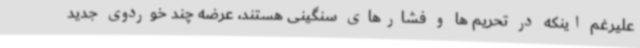
علیرغم اینکه در تحریم ها و فشارهای سنگینی هستند، عرضه چند خوردوی جدید